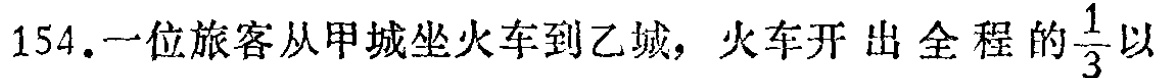
154.一位旅客从甲城坐火车到乙城，火车开出全程的$\frac{1}{3}$以